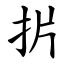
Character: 扸